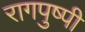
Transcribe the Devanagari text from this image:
रागपुष्पी